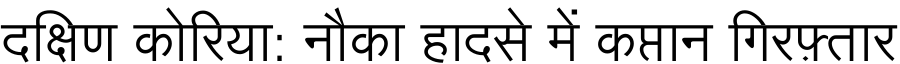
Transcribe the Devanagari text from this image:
दक्षिण कोरिया: नौका हादसे में कप्तान गिरफ़्तार